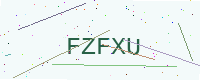
Text: FZFXU